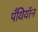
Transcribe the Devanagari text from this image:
पँथियॉन